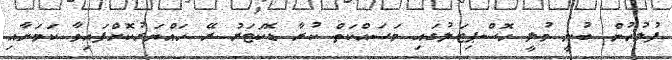
ފުލުހުން ބުނީ މުލީ ހޮސްޕިޓަލުގައި މަސައްކަތް ކުރާ ޑޮކަޓަރު ރޭ ހައްޔަރުކޮށްފައިވާ ކަމަށާއި